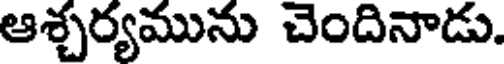
ఆశ్చర్యమును చెందినాడు.